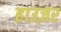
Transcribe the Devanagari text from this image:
हाउज़र